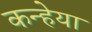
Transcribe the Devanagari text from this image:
कन्हेया